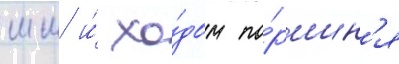
мм и́ хо́дом по́ршн'я